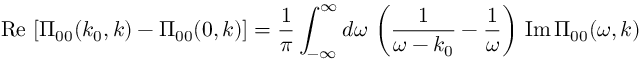
\mathrm { R e } \, \left[ \Pi _ { 0 0 } ( k _ { 0 } , k ) - \Pi _ { 0 0 } ( 0 , k ) \right] = { \frac { 1 } { \pi } } \int _ { - \infty } ^ { \infty } d \omega \, \left( { \frac { 1 } { \omega - k _ { 0 } } } - { \frac { 1 } { \omega } } \right) \, \mathrm { I m } \, \Pi _ { 0 0 } ( \omega , k )